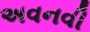
અવનવી